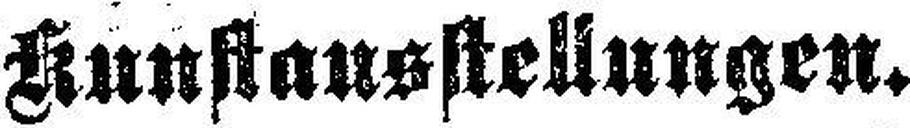
Kunstausstellungen.